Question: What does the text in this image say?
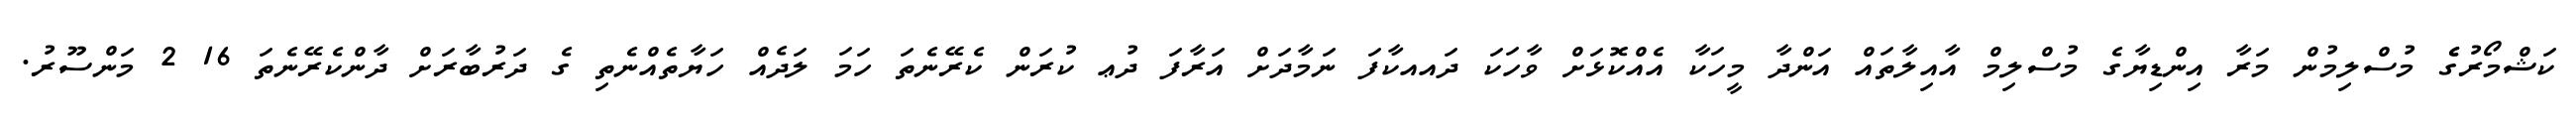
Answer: ކަޝްމޯރުގެެ މުސްލިމުން މަރާ އިންޑިޔާގެ މުސްލިމް އާއިލާތައް އަންދާ މީހަކާ އެއްކޮޅަށް ވާހަކަ ދައއކާފަ ނަމާދަށް އަރާފަ ދުޢ ކުރަން ކެރޭނެތަ ހަމަ ލަދެއް ހަޔާތެއްނެތި ގެ ދަރުބާރަށް ދާންކެރޭނެތަ 16 2 މަންސޫރު.